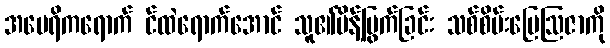
အမေရိကရောက် င်ထဲရောက်အောင် သူ၏မိန့်မြွက်ခြင်း သစ်စိမ်းမြေဩဇာကို